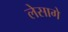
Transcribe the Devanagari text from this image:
लेसागे